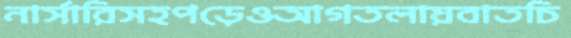
নার্সারিসহপড়েওআগতলায়বাতচি